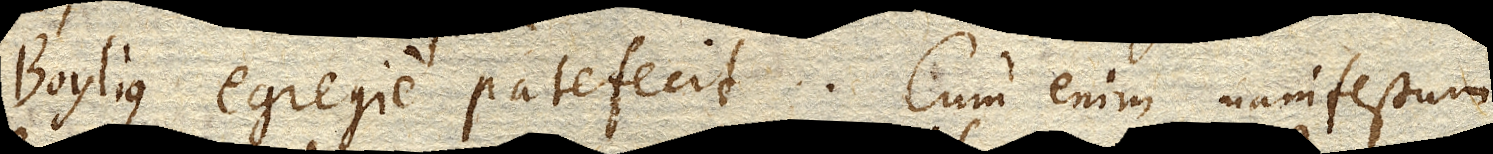
Boylius egregie patefecit. Cum enim manifestum